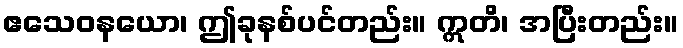
ဧသေဝနယော၊ ဤခုနစ်ပင်တည်း။ ဣတိ၊ အပြီးတည်း။